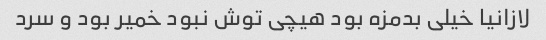
لازانیا خیلی بدمزه بود هیچی توش نبود خمیر بود و سرد